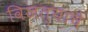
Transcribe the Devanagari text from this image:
विजत्याचे